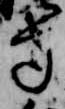
寺